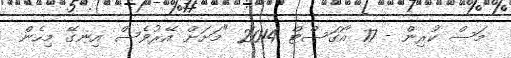
މަސް ކުރިން - 17 އޯގަސްޓް 2014 "މަށަށް އޭރުވެސް އިނގޭ މިހެން